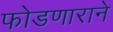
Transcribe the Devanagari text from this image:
फोडणाराने